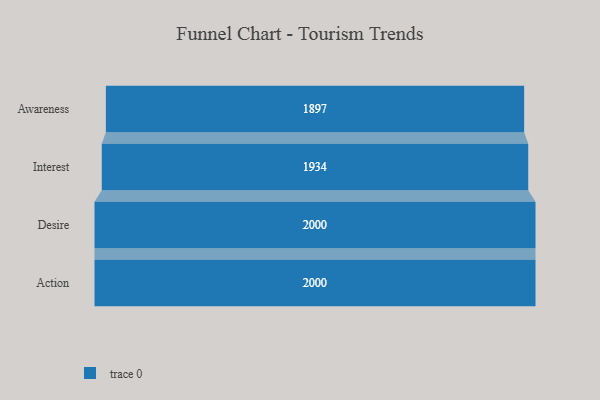
{"axis": {"x": "Stage", "y": "Value"}, "legend": [""], "data": [{"x": "Awareness", "y": 1897.0, "type": ""}, {"x": "Interest", "y": 1934.0, "type": ""}, {"x": "Desire", "y": 2000, "type": ""}, {"x": "Action", "y": 2000, "type": ""}]}